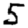
Digit: 5